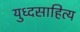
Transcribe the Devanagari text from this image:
युध्दसाहित्य